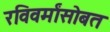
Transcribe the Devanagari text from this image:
रविवर्मांसोबत